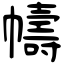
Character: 幬